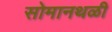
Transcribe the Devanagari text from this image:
सोमानथळी